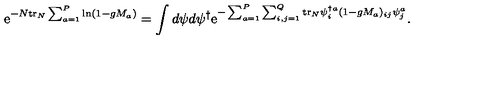
\mathrm { e } ^ { - N \mathrm { t r } _ { N } \sum _ { a = 1 } ^ { P } \ln ( 1 - g M _ { a } ) } = \int d \psi d \psi ^ { \dagger } \mathrm { e } ^ { - \sum _ { a = 1 } ^ { P } \sum _ { i , j = 1 } ^ { Q } \mathrm { t r } _ { N } \psi _ { i } ^ { \dagger a } ( 1 - g M _ { a } ) _ { i j } \psi _ { j } ^ { a } } .